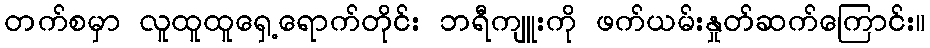
တက်စမှာ လူထူထူရှေ့ရောက်တိုင်း ဘရီကျူးကို ဖက်ယမ်းနှုတ်ဆက်ကြောင်း။